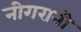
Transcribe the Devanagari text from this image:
नीगरानी